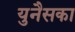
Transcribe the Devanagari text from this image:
युनैसका